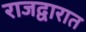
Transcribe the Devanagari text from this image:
राजद्वारात